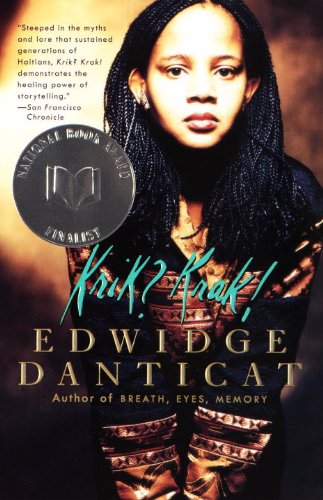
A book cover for Krik? Krak!; Edwidge Danticat; Literature & Fiction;